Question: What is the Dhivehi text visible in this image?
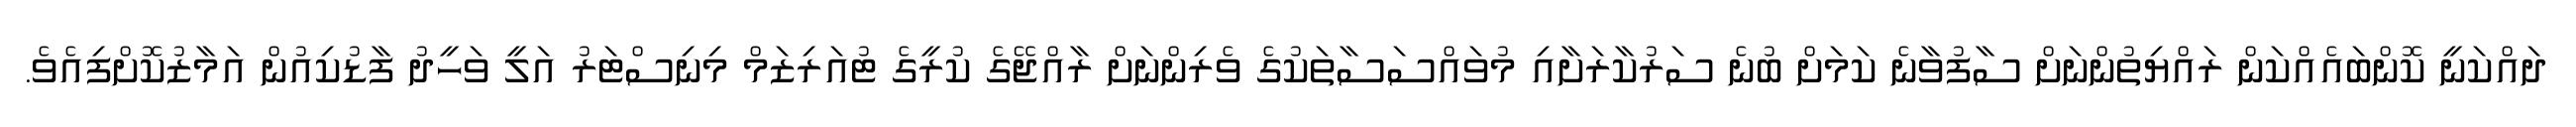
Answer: ދައްކަނީ ކޮންބައެއްކަން ރައްޔިތުންނަށް ސާފުވާނެ ކަމަށް ބުނެ ސަރުކާރަށާއި މުވައްސަސާތަކުގެ ވެރިންނަށް ރާއްޖޭގެ ކުރީގެ ޓުއަރިޒަމް މިނިސްޓަރު އަލީ ވަހީދު ފާޑުކިއުން އަމާޒުކޮށްފިއެވެ.